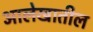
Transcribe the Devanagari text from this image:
आलेखातील